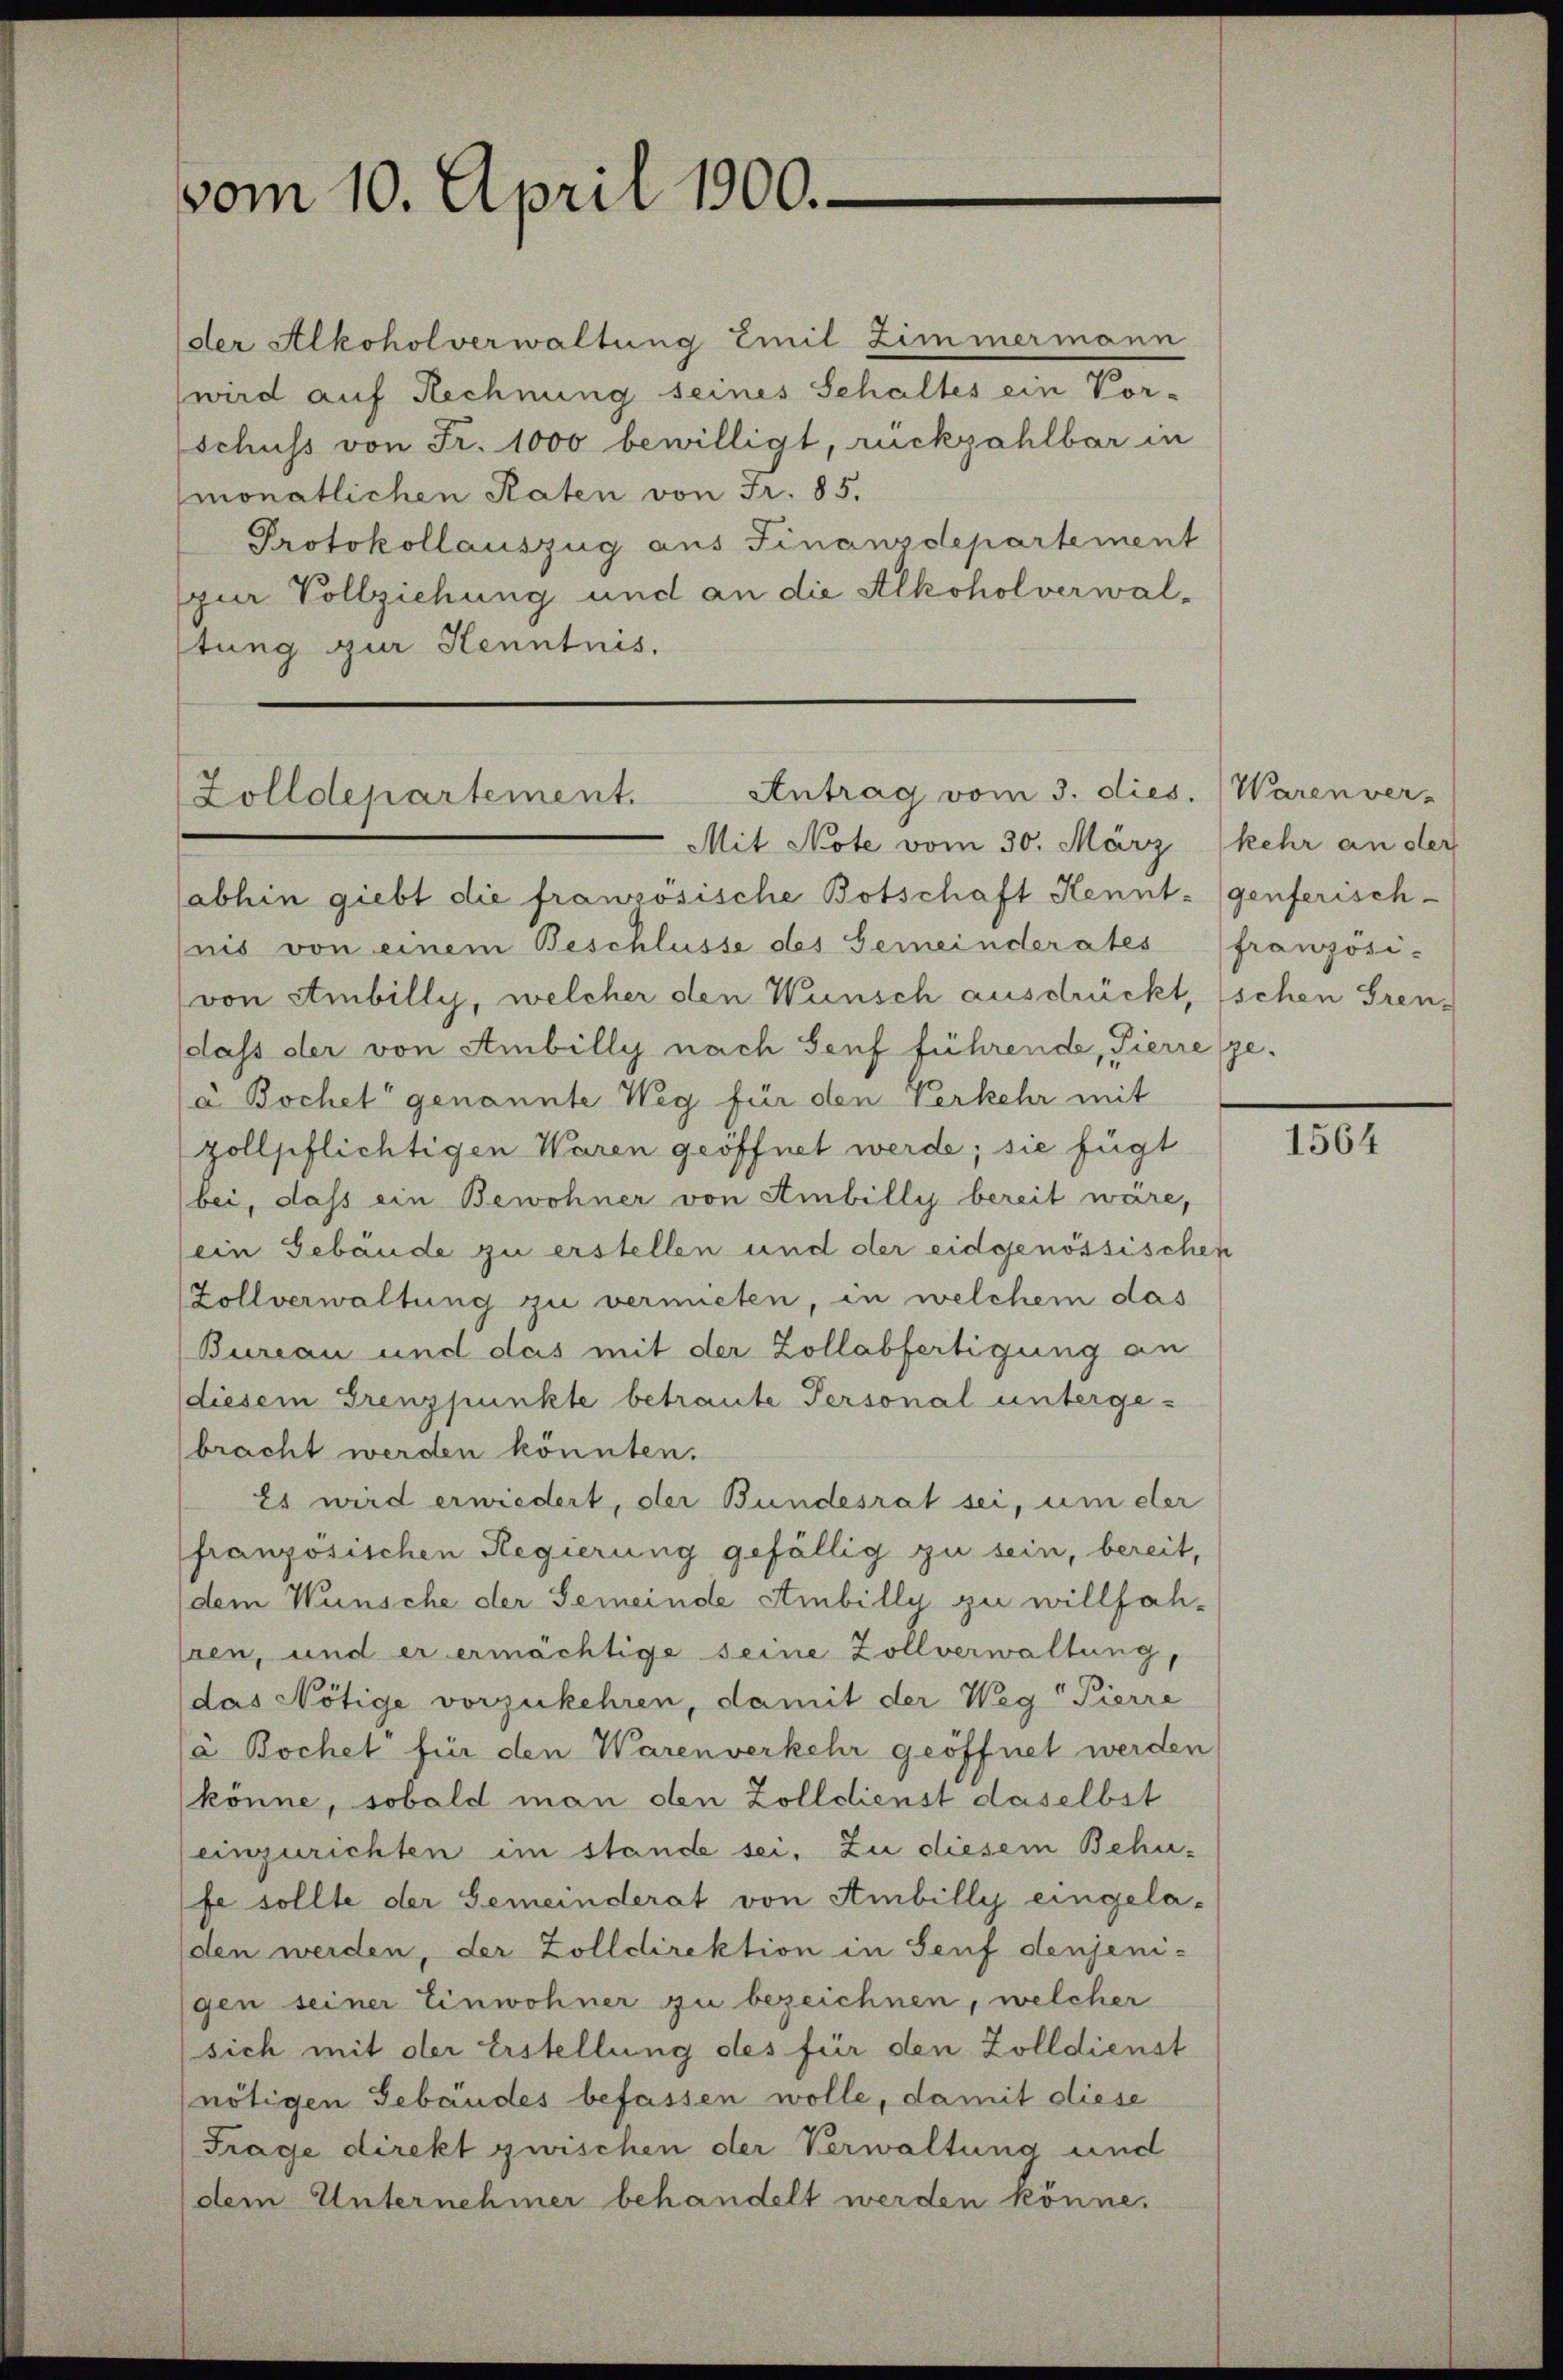
vom 10. April 1900.

der Alkoholverwaltung Emil Zimmermann
(wird auf Rechnung seines Schaltes ein Vor-
schuss von Fr. 1000 bewilligt, rückzahlbar in
monatlichen Raten von Fr. 85.
Protokollauszug aus Finanzdepartement
zur Vollziehung und an die Alkoholverwalstung zur Kenntnis.

Antrag vom 3. dies. Warenver-
(Zolldepartement.

Mit Note vom 30. März (kehr an der
abhin giebt die französische Botschaft Kennt- (genferisch-
nis von einem Beschlüsse des Gemeinderates französi-
von Ambilly, welcher den Wunsch ausdrückt, schen Gren-
(dass der von Ambilly nach Genf führende, Pierre gea Bochet genannte Weg für den Verkehr mit
zollpflichtigen Waren geöffnet werde; sie fügt
bei, daß ein Bewohner von Ambilly bereit wäre,
(ein Gebäude zu erstellen und der eidgenössischen
Zollverwaltung zu vermieten, in welchem das
Bureau und das mit der Zollabfertigung an
diesem Grenzpunkte betraute Personal untergebracht werden könnten.
Es wird erwiedert, der Bundesrat sei, um eter
französischen Regierung gefällig zu sein, bereit,
(dem Wunsche der Gemeinde Ambilly zu willfahren, und er ermächtige seine Zollverwaltung,
das Nötige vorzukehren, damit der Weg Pierre
à Bochet für den Warenverkehr geöffnet werden
könne, sobald man den Zolldienst daselbst
einzurichten im stande sei. Zu diesem Behufe sollte der Gemeinderat von Ambilly eingela-
den werden, der Zolldirektion in Senf denjeni-
gen seiner Einwohner zu bezeichnen, welcher
sich mit der Erstellung des für den Zolldienst
(nötigen Gebäudes befassen wolle, damit diese
Frage direkt zwischen der Verwaltung und
dem Unternehmer behandelt werden könne.

1564